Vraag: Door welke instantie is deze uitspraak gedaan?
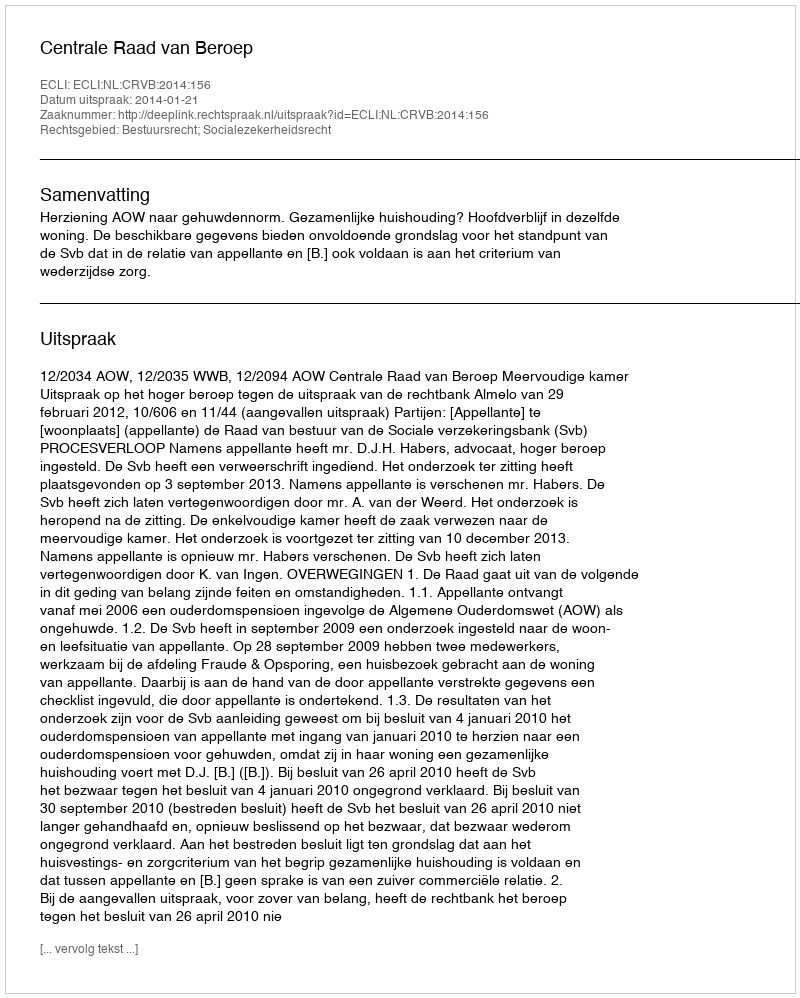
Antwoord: Centrale Raad van Beroep